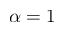
\alpha = 1